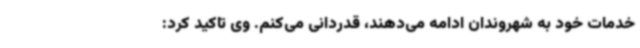
خدمات خود به شهروندان ادامه می‌دهند، قدردانی می‌کنم. وی تاکید کرد: